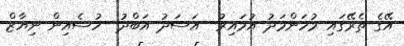
އޭގެ ތެރޭގައި މުހަންމަދު އުމައިރު  އަސަދު އަބްދު  ހުސެއިން ނިޔާޒް